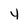
Character: 4